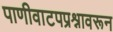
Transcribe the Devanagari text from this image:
पाणीवाटपप्रश्नावरून